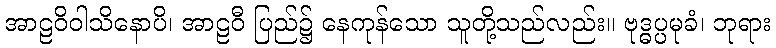
အာဠဝိဝါသိနောပိ၊ အာဠဝီ ပြည်၌ နေကုန်သော သူတို့သည်လည်း။ ဗုဒ္ဓပ္ပမုခံ၊ ဘုရား